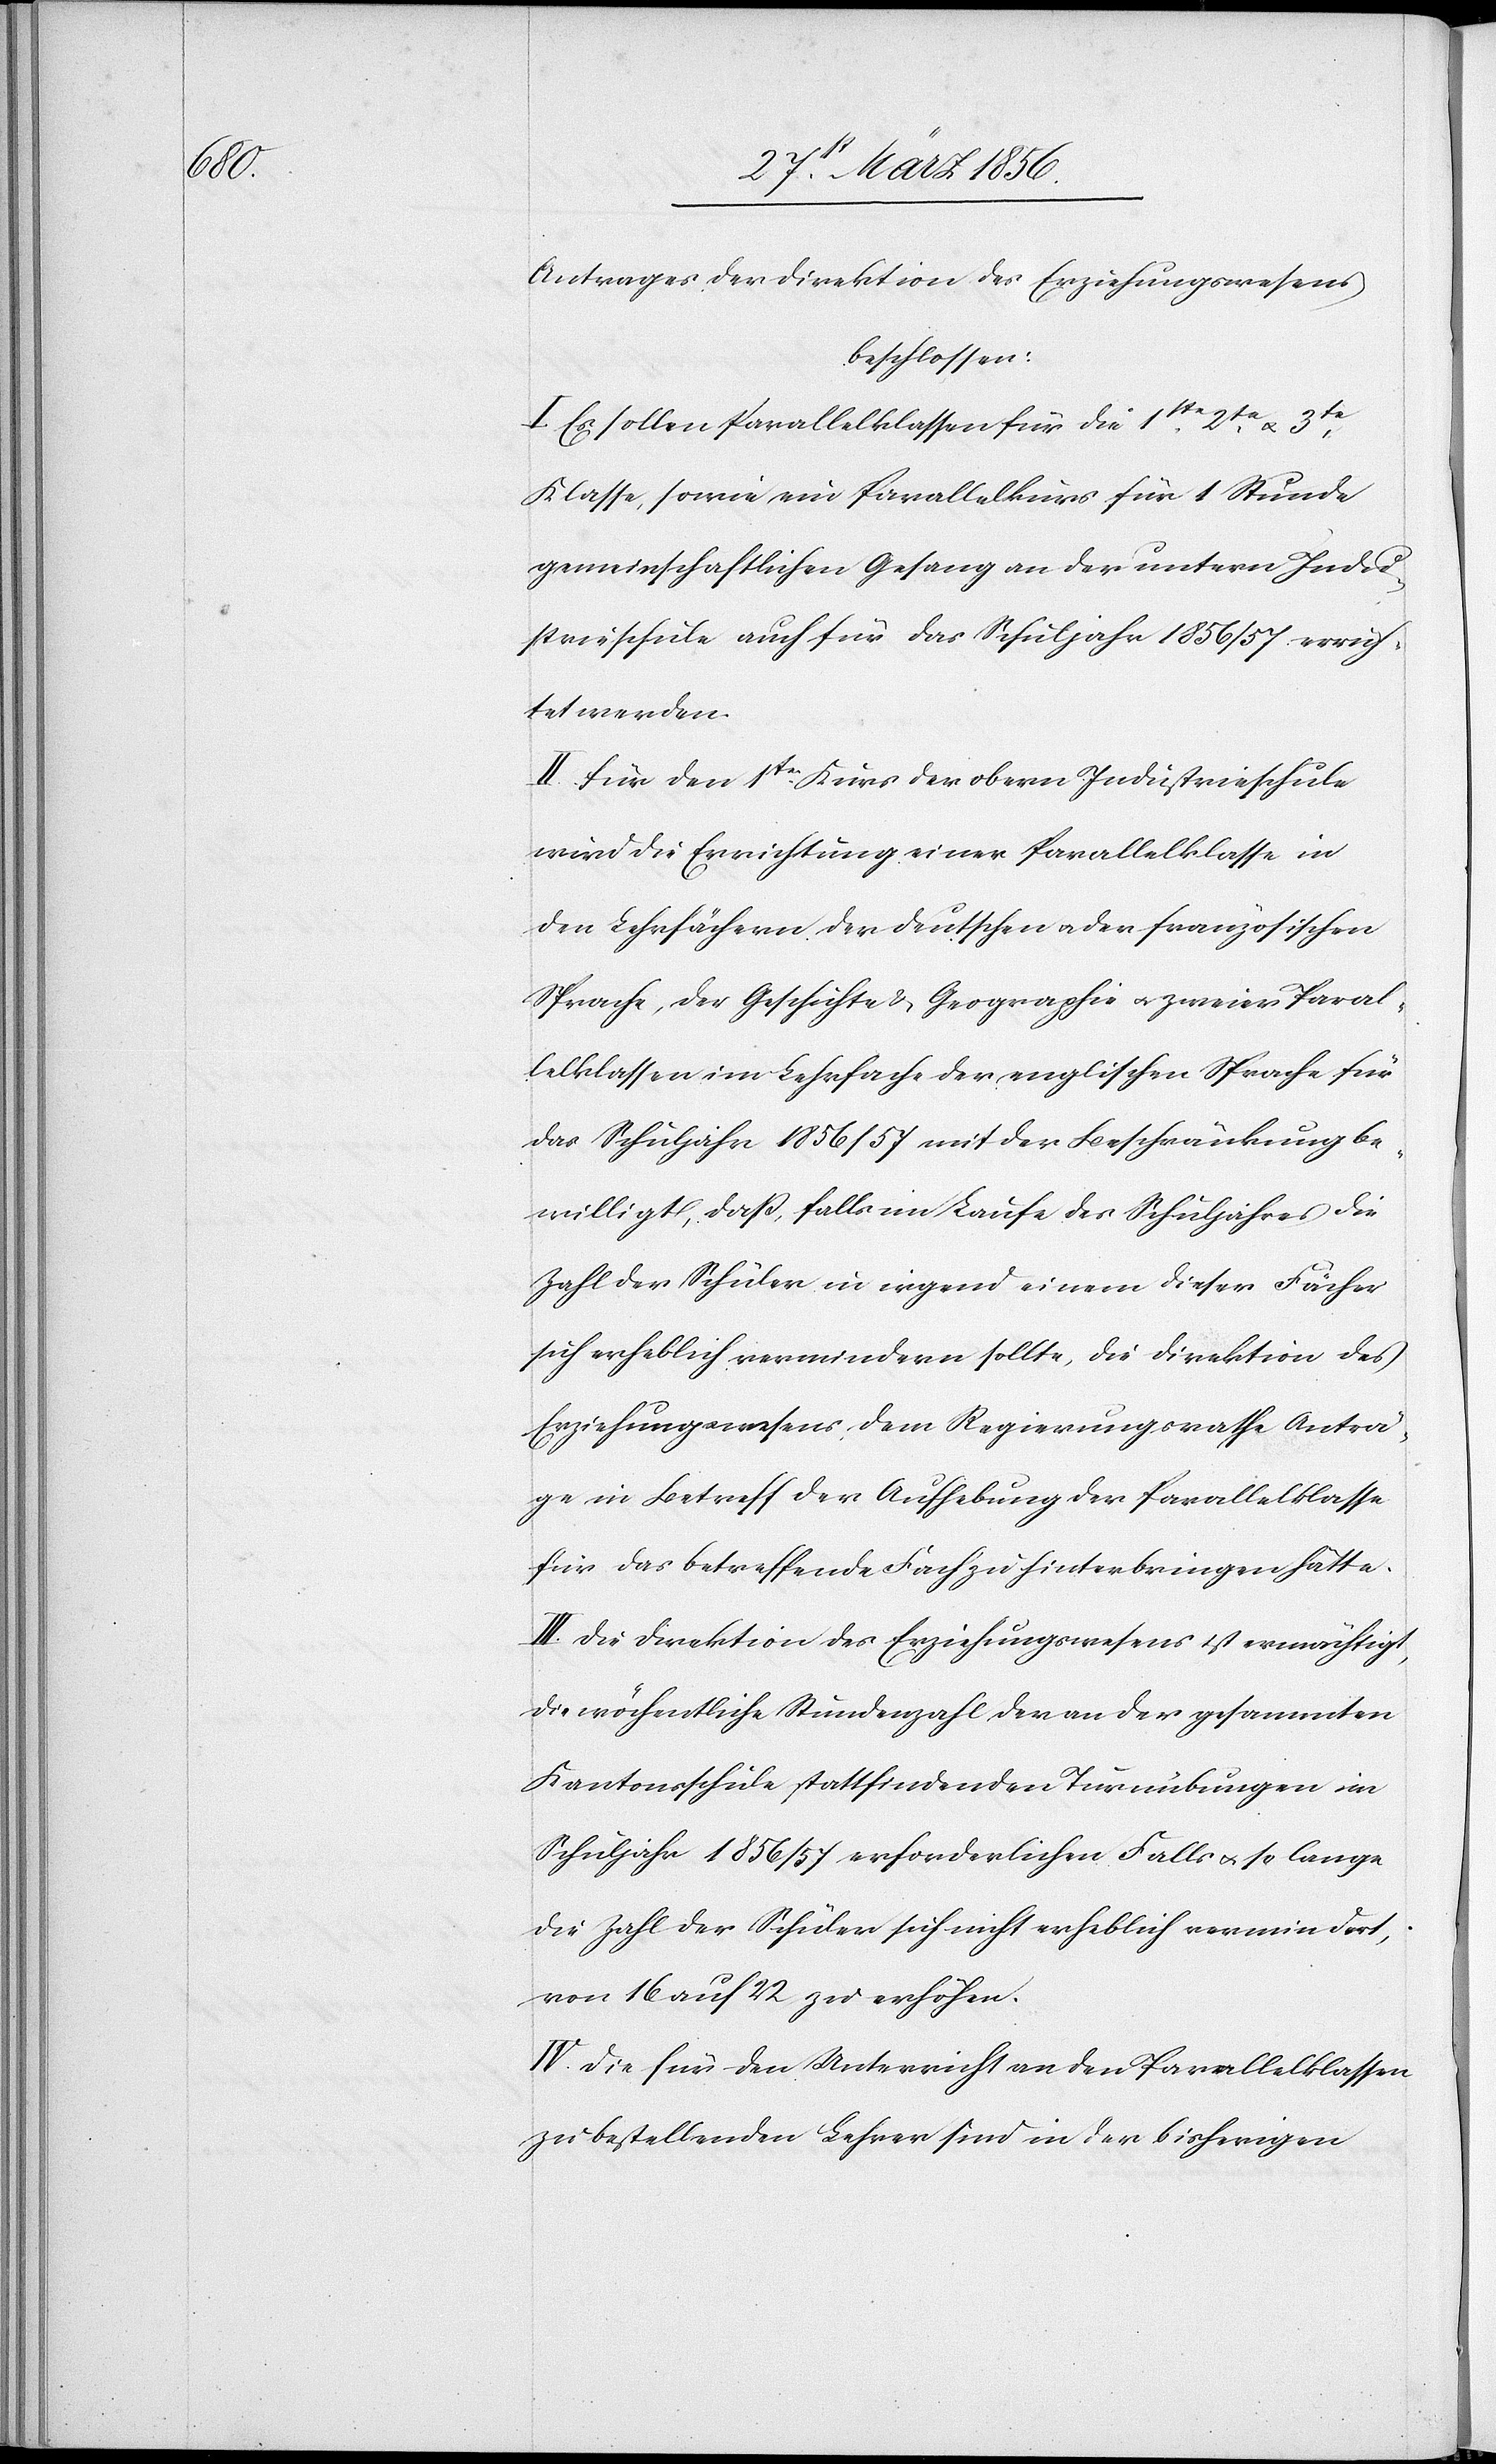
Antrages der Direktion des Erziehungswesens
beschlossen:
I. Es sollen Parallelklassen für die 1ste, 2te
Klasse, sowie ein Parallelkurs für 1 Stunde
gemeinschaftlichen Gesang an der untern Indu¬
strieschule auch für das Schuljahr 1856/57 errich¬
tet werden.
II. Für den 1sten Kurs der obern Industrieschule
wird die Errichtung einer Parallelklasse in
den Lehrfächern der deutschen u. der französischen
Sprache, der Geschichte & Geographie u. zweier Paral¬
lelklassen im Lehrfache der englischen Sprache für
das Schuljahr 1856/57 mit der Beschränkung be¬
willigt, daß, falls im Laufe des Schuljahres die
Zahl der Schüler in irgend einem dieser Fächer
sich erheblich vermindern sollte, die Direktion des
Erziehungswesens dem Regierungsrathe Anträ¬
ge in Betreff der Aufhebung der Parallelklasse
für das betreffende Fach zu hinterbringen hätte.
III. Die Direktion des Erziehungswesens ist ermächtigt,
die wöchentliche Stundenzahl der an der gesammten
Kantonsschule stattfindenden Turnübungen im
Schuljahr 1856/57 erforderlichen Falls u. so lange
die Zahl der Schüler sich nicht erheblich vermindert,
von 16 auf 22 zu erhöhen.
IV. Die für den Unterricht an den Parallelklassen
zu bestellenden Lehrer sind in der bisherigen